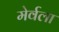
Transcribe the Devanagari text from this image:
मेर्वला